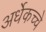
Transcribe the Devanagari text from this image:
अर्धेकच्चे